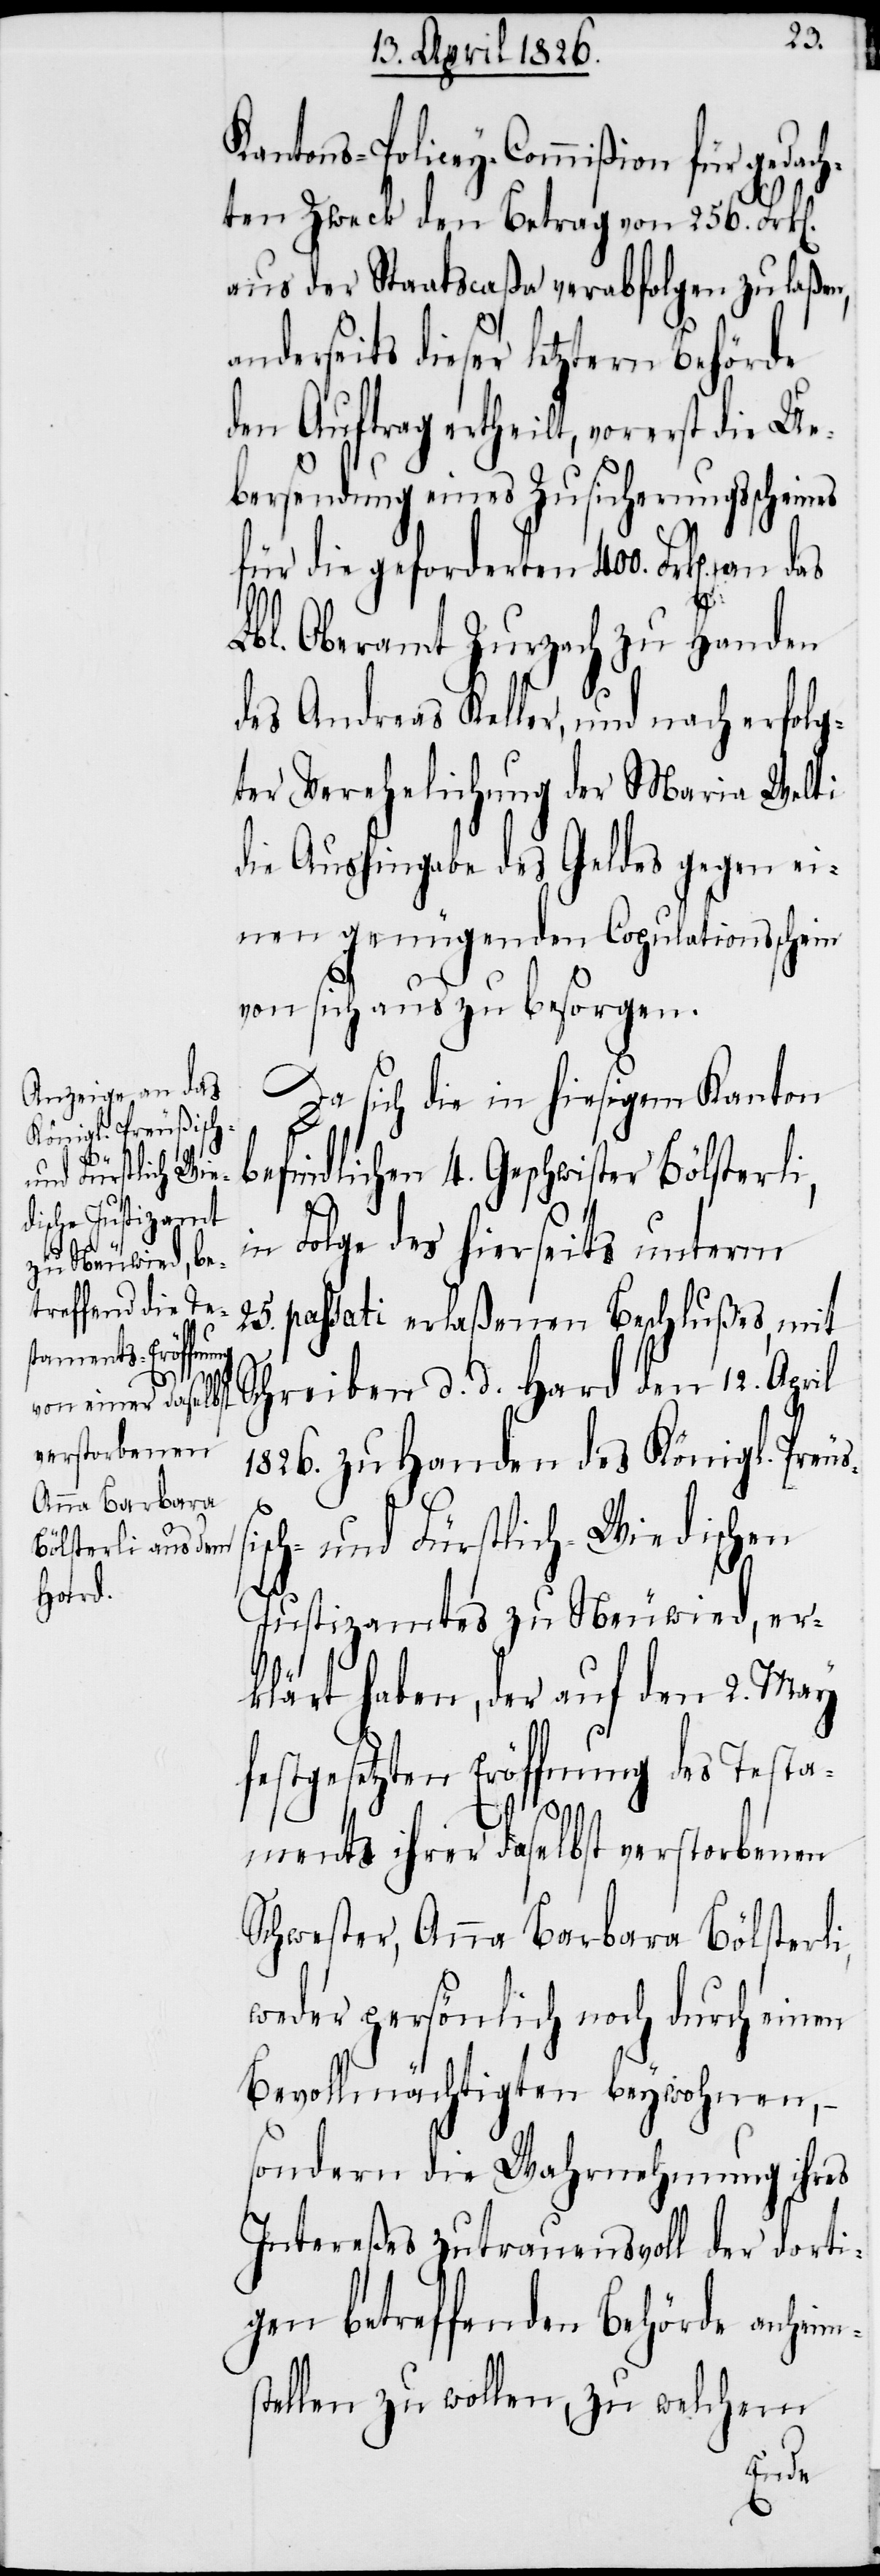
Kantons-Policey-Commißion für gedac¬
hten Zweck den Betrag von 256. Frk[e¬
aus der Staatscaßa verabfolgen zu laßen,
erseits dieser letztern Behörde
den Auftrag ertheilt, vorerst die Ue¬
bersendung eines Zusicherungsscheines
für die geforderten 400. Frk[en]. an
Lbl. Oberamt Zurzach zu Handen
des Andreas Keller, und nach erfolg¬
ter Verehelichung der Maria Welti
die Aushingabe des Geldes gegen ei¬
nen genügenden Copulationsschein
von sich aus zu besorgen.
n].
and¬